Medical and sanitary report of the native army of Bengal for the year
Year: 1874
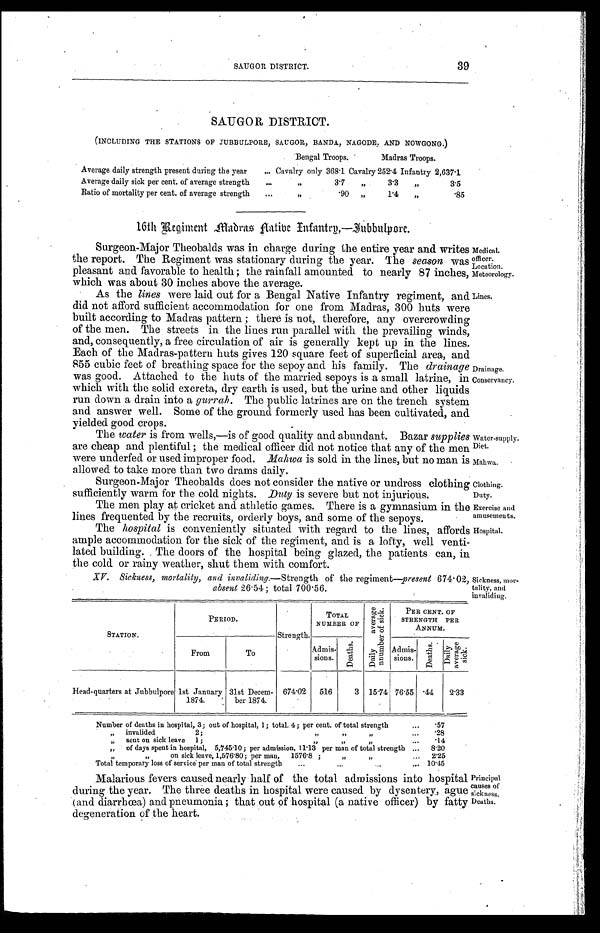
Medical.
officer.
Location,
Meteorology.
Lines.
Drainage.
Conservancy.
Water-supply.
Diet.
Mahwa.
Clothing.
Duty.
Exercise and
amusements.
Hospital.
Sickness, mor
-tality, and
invaliding.
Principal
causes of
sickness.
Deaths.
SAUGOR DISTRICT.
(INCLUDING THE STATIONS OF JUBBULPORE, SAUGOR, BANDA, NAGODE, AND NOWGONG.)
Bengal Troops.
Madras Troops.
Average daily strength present during the year . . . Cavalry only 368.1 Cavalry 252.4 Infantry 2,637.1
Average daily sick per cent. of average strength . . .
" 3.7 " 3.3 " 3.5
Ratio of mortality per cent. of average strength . . .
" .90 " 1.4 " .85
16th Regiment Madras Native Infantry,—Jubbulpore.
Surgeon-Major Theobalds was in charge during the entire year and writes
the report. The Regiment was stationary during the year. The season was
pleasant and favorable to health ; the rainfall amounted to nearly 87 inches,
which was about 30 inches above the average.
As the lines were laid out for a Bengal Native infantry regiment, and
did not afford sufficient accommodation for one from Madras, 300 huts were
built according to Madras pattern ; there is not, therefore, any overcrowding
of the men. The streets in the lines run parallel with the prevailing winds,
and, consequently, a free circulation of air is generally kept up in the lines.
Each of the Madras-pattern huts gives 120 square feet of superficial area, and
855 cubic feet of breatlung space for the sepoy and his family. The drainage
was good. Attached to the huts of the married sepoys is a small latrine, in
which with the solid excreta, dry earth is used, but the urine and other liquids
run down a drain into a gurrah. The public latrines are on the trench system
and answer well. Some of the ground formerly used has been cultivated, and
yielded good crops.
The water is from wells,— is of good quality and abundant. Bazar supplies
are cheap and plentiful the medical officer did not notice that any of the men
were underfed or used.improper food. Mahwa is sold in the lines, but no man is
allowed to take more than two drams daily.
Surgeon-Major Theobalds does not consider the native or undress clothing
sufficiently warm for the cold nights. Duty is severe but not injurious.
The men play at cricket and athletic games. There is a gymnasium in the
lines frequented by the recruits, orderly boys, and some of the sepoys.
The hospital is conveniently situated with regard to the lines, affords
ample accommodation for the sick of the regiment, and is a lofty, well venti
-lated building. The doors of the hospital being glazed, the patients can, in
the cold or rainy weather, shut them with comfort.
XV. Sickness, mortality, and invaliding.— Strength of the regiment— present 674.02,
absent 26.54; total 700.56.
STATION.
PERIOD.
Strength.
TOTAL
NUMBER OF
D a i l y a v e r a g e n u m b e r o f s i c k .
PER CENT OF
STRENGTH PER
ANNUM.
From
To
Admis-
sions.
D e a t h s .
Admis-
sions.
D e a t h s .
D a i l y a v e r a g e s i c k .
Head-quarters at Jubbulpore 1st January
1874.
31st Decem-
ber 1874.
674.02
516
3 15.74 76.55 .44
2.33
Number of deaths in hospital, 3; out of hospital, 1; total. 4 ; per cent. of total strength . . .
.57
" i n v a l i d e d 2 ; " " " . . .
.28
" s e n t o n s i c k l e a v e 1 ; " " " . . .
. 1 4
" o f d a y s s p e n t i n h o s p i t a l , 5 , 7 4 5 . 1 0 ; p e r a d m i s s i o n , 1 1 . 1 3 p e r m a n o f t o t a l s t r e n g t h . . .
8.20
" " on sick leave, 1,576.80; per man, 1576.8 ; " " . . .
2.25
Total temporary loss of service per man of total strength . . . 10.45
Malarious fevers caused nearly half of the total admissions into hospital
during the year. The three deaths in hospital were caused by dysentery, ague
(and diarrhœa) and pneumonia ; that out of hospital (a native officer) by fatty
degeneration of the heart.